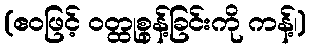
(ဧဝဖြင့် ဝတ္ထုစွန့်ခြင်းကို ကန့်၊)